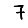
Digit: 7